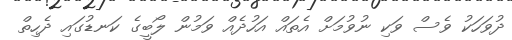
ދުވަހަކު ވެސް ވަކި ނުވުމަށް އެތައް އަހުދެއް ވަމުން ލޯބީގެ ކަނޑުގައި ދެހިތް